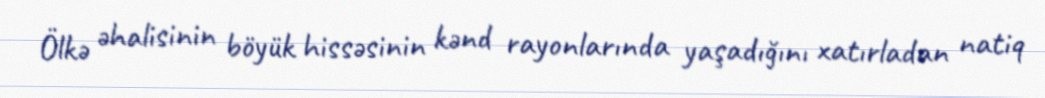
Ölkə əhalisinin böyük hissəsinin kənd rayonlarında yaşadığını xatırladan natiq